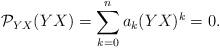
LaTeX: \begin{align*}{\cal P}_{YX}(YX)=\sum^n_{k=0} a_k(YX)^k =0.\end{align*}